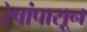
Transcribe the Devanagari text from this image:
रेषांपासून